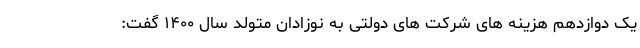
یک دوازدهم هزینه های شرکت های دولتی به نوزادان متولد سال ۱۴۰۰ گفت: